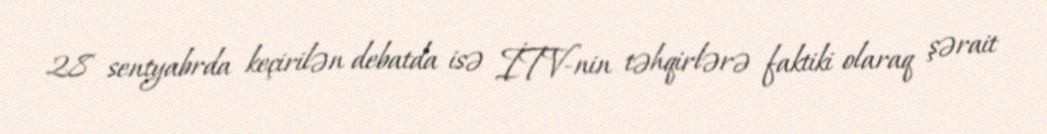
28 sentyabrda keçirilən debatda isə İTV-nin təhqirlərə faktiki olaraq şərait